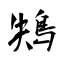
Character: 鴩